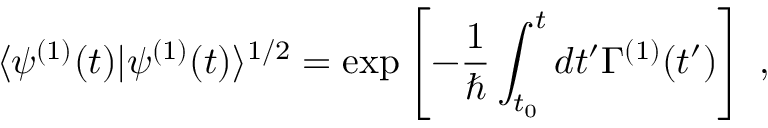
\langle \psi ^ { ( 1 ) } ( t ) | \psi ^ { ( 1 ) } ( t ) \rangle ^ { 1 / 2 } = \exp \left[ - \frac { 1 } { \hbar } \int _ { t _ { 0 } } ^ { t } d t ^ { \prime } \Gamma ^ { ( 1 ) } ( t ^ { \prime } ) \right] \; ,